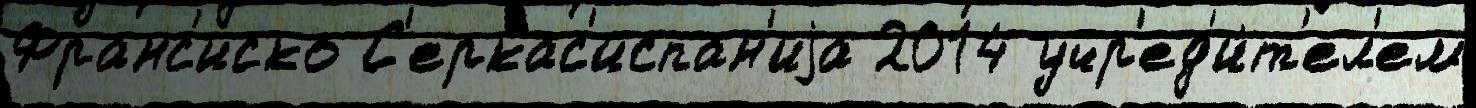
Франс'иско С'еркас'испан'иjа 2014 учр'ед'и́т'ел'ем